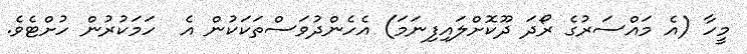
މީހާ (އެ މައްސަރުގެ ރޯދަ ދޫކޮށްލައިފިނަމަ) އެހެންދުވަސްތަކަކުން އެ  ހަމަކުރުން ހުށްޓެވެ.